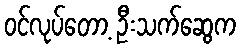
ဝင်လုပ်တော့ ဦးသက်ဆွေက